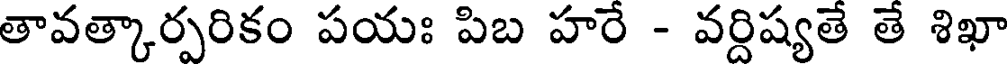
తావత్కార్పరికం పయః పిబ హరే - వర్దిష్యతే తే శిఖా